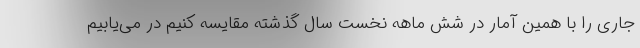
جاری را با همین آمار در شش ماهه نخست سال گذشته مقایسه کنیم در می‌یابیم